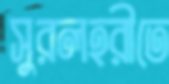
সুরলহরীতে